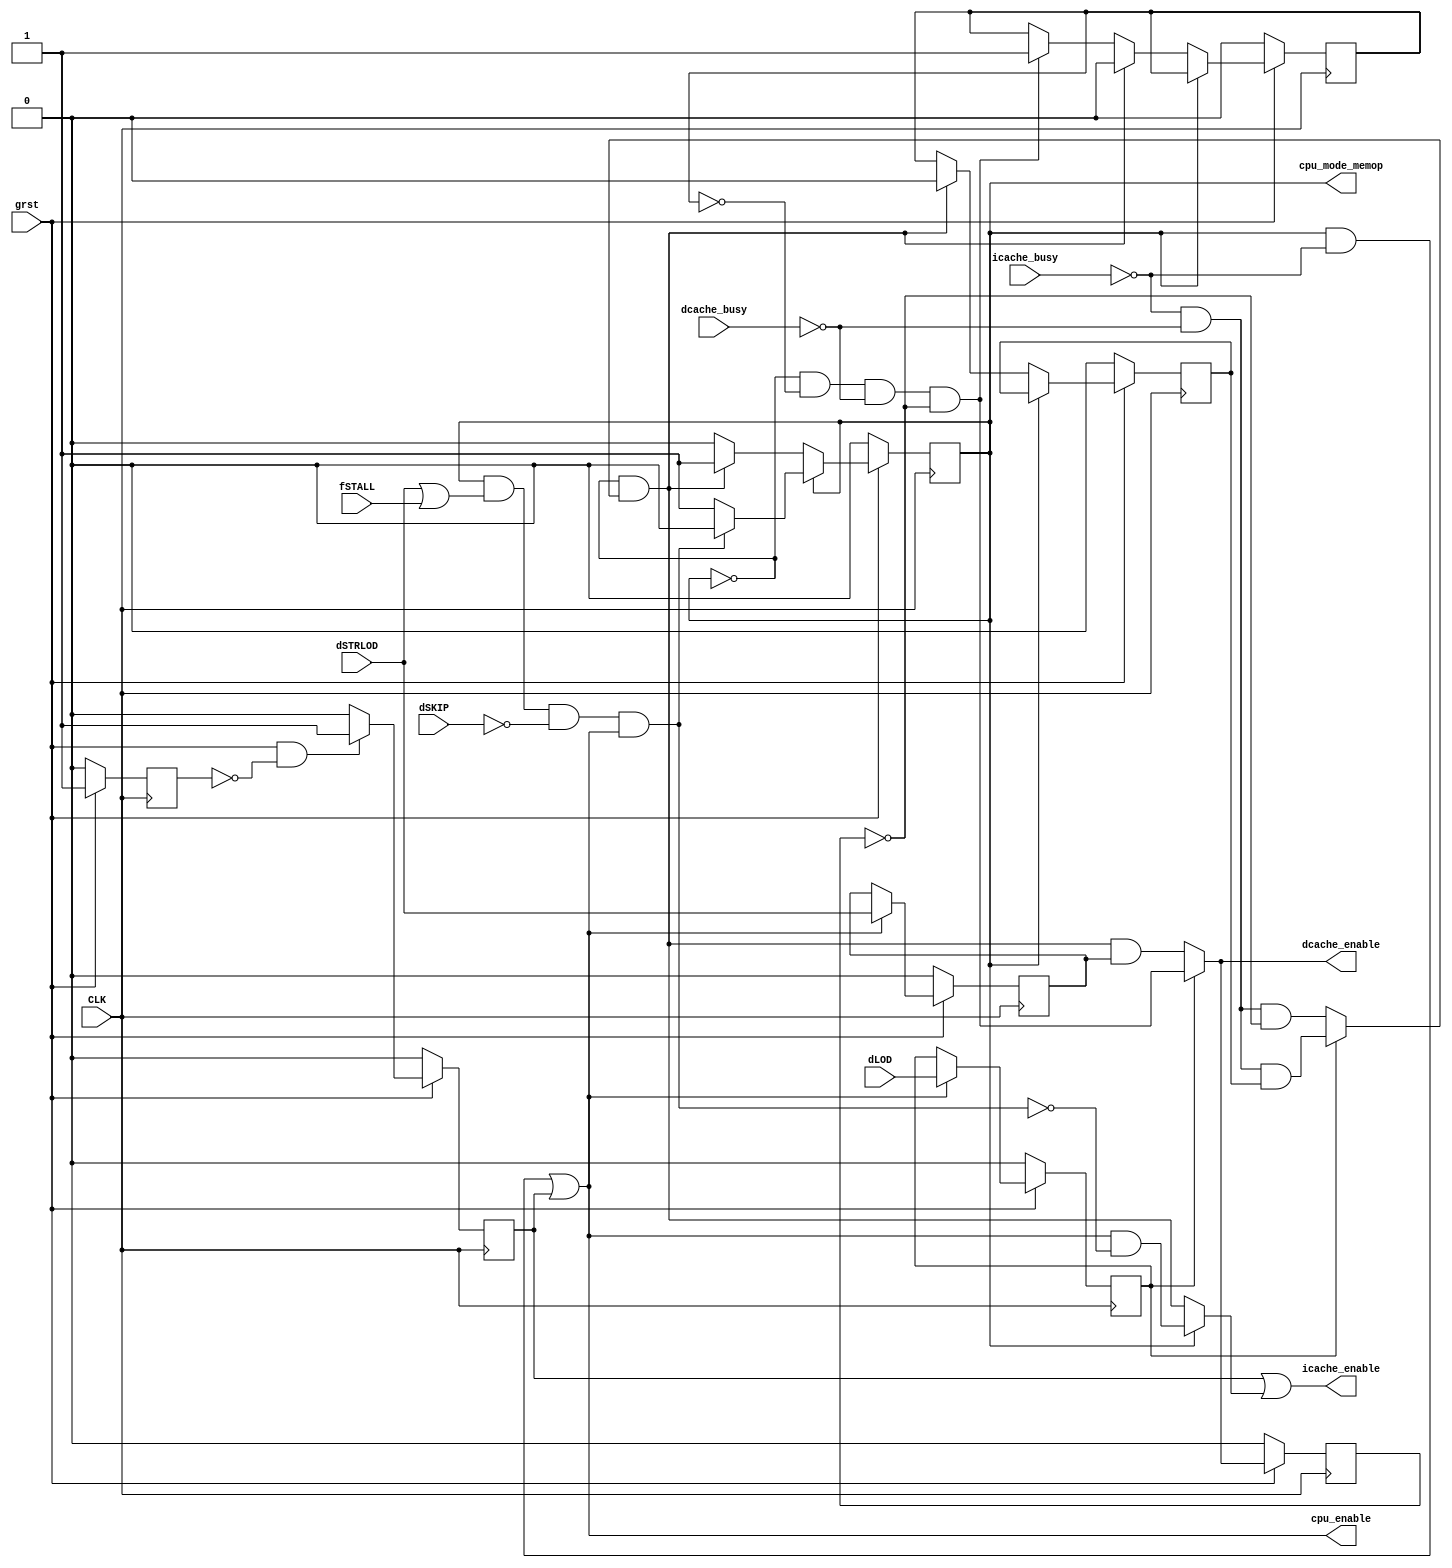
module aexm_enable(input CLK,
		   input  grst,
		   input  icache_busy,
		   input  dcache_busy,
		   input  dSTRLOD,
		   input  dLOD,
		   input  dSKIP,
		   input  fSTALL,
		   output cpu_mode_memop, // 0: stall, 1: normal
		   output cpu_enable,
		   output icache_enable,
		   output dcache_enable);
  reg 			  cpu_mode_memop = 1'b0;

  reg 			      starter = 1'b0, grst_delay = 1'b0;
  reg 			      just_issued_dcache_command = 1'b0;
  reg 			      dcache_LOD_enable_reg = 1'b0,
			      dcache_LOD_enable_dly = 1'b0,
			      xLOD = 1'b0, xSTRLOD = 1'b0;
  wire 			      enter_memop_criterion,
			      exit_memop_criterion,
			      dcache_LOD_enable;

  assign cpu_enable = (cpu_mode_memop && (! icache_busy)) ||
		      (starter);

  assign enter_memop_criterion = cpu_mode_memop &&
				 (dSTRLOD || fSTALL) &&
				 (! dSKIP) &&
				 cpu_enable;

  assign exit_memop_criterion = (!cpu_mode_memop) &&
				(xLOD ?
				 ((!icache_busy) &&
				  (!dcache_busy) &&
				  (dcache_LOD_enable_dly)) :
				 ((!icache_busy) &&
				  (!dcache_busy) &&
				  (!just_issued_dcache_command)));

  assign icache_enable = starter ||
			 (cpu_mode_memop ?
			  (cpu_enable && (! enter_memop_criterion)) :// +TLB
			  (exit_memop_criterion));

  assign dcache_enable = xLOD ?
			 dcache_LOD_enable :
			 (exit_memop_criterion && xSTRLOD);

  assign dcache_LOD_enable = (!cpu_mode_memop) &&
			     (!dcache_LOD_enable_reg) &&
			     (!dcache_busy) &&
			     (!just_issued_dcache_command);

  always @(posedge CLK)
    if (!grst)
      begin
	grst_delay <= 0; starter <= 0;
	cpu_mode_memop <= 0;
	just_issued_dcache_command <= 0;
	dcache_LOD_enable_reg <= 0; dcache_LOD_enable_dly <= 0; xLOD <= 0;
	xSTRLOD <= 0;
      end
    else
      begin
	begin
	  grst_delay <= 1;
	  if (grst && !grst_delay)
	    starter <= 1;
	  else
	    starter <= 0;
	end
	// Used to guarrantie there will never be two outstanding commands
	// to the data cache. Necessary for a scalar CPU core.
	just_issued_dcache_command <= dcache_enable;

	if (cpu_enable)
	  begin
	    xSTRLOD <= dSTRLOD;
	    xLOD <= dLOD;
	  end

	if (cpu_mode_memop)
	  begin
	    if (enter_memop_criterion)
	      cpu_mode_memop <= 0;
	  end
	else
	  begin
	    if (exit_memop_criterion)
	      begin
		cpu_mode_memop <= 1;
		dcache_LOD_enable_reg <= 0;
		dcache_LOD_enable_dly <= 0;
	      end
	    else
	      begin
		if (dcache_LOD_enable)
		  dcache_LOD_enable_reg <= 1;
		dcache_LOD_enable_dly <= dcache_LOD_enable_reg;
	      end
	  end
      end

endmodule